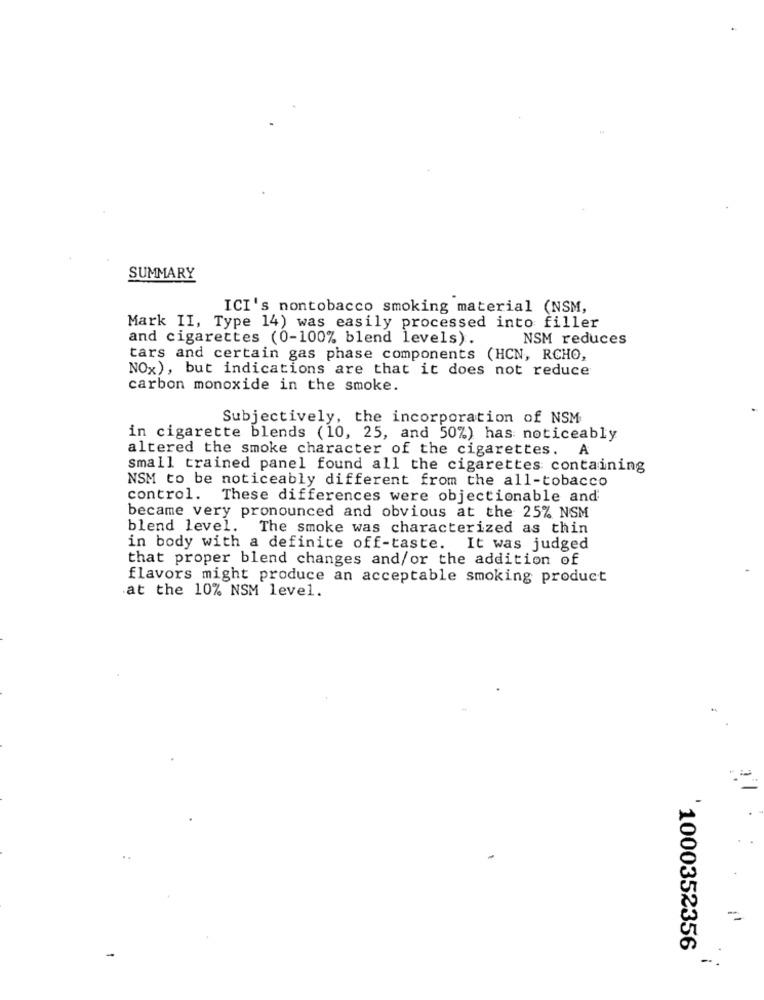
SUMMARY
ICI's nontobacco smoking material (NSM,
Mark II, Type 14) was easily processed into filler
and cigarettes (0-100% blend levels).
NSM reduces
tars and certain gas phase components (HCN, RCHO,
NOx), but indications are that it does not reduce
carbon monoxide in the smoke.
Subjectively, the incorporation of NSM
in cigarette blends (10, 25, and 50%) has noticeably
altered the smoke character of the cigarettes. A
small trained panel found all the cigarettes containing
NSM to be noticeably different from the all-tobacco
control. These differences were objectionable and
became very pronounced and obvious at the 25% NSM
blend level.
The smoke was characterized as thin
in body with a definite off-taste. It was judged
that proper blend changes and/or the addition of
flavors might produce an acceptable smoking product
at the 10% NSM level.
1000352356
-